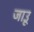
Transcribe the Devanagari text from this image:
जाउू